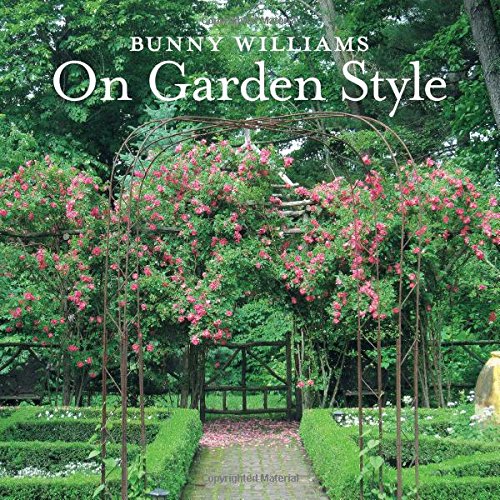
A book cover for Bunny Williams On Garden Style; Bunny Williams; Crafts, Hobbies & Home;